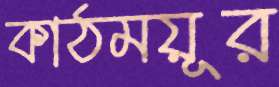
কাঠময়ূর